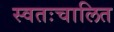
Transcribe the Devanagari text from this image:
स्वतःचालित